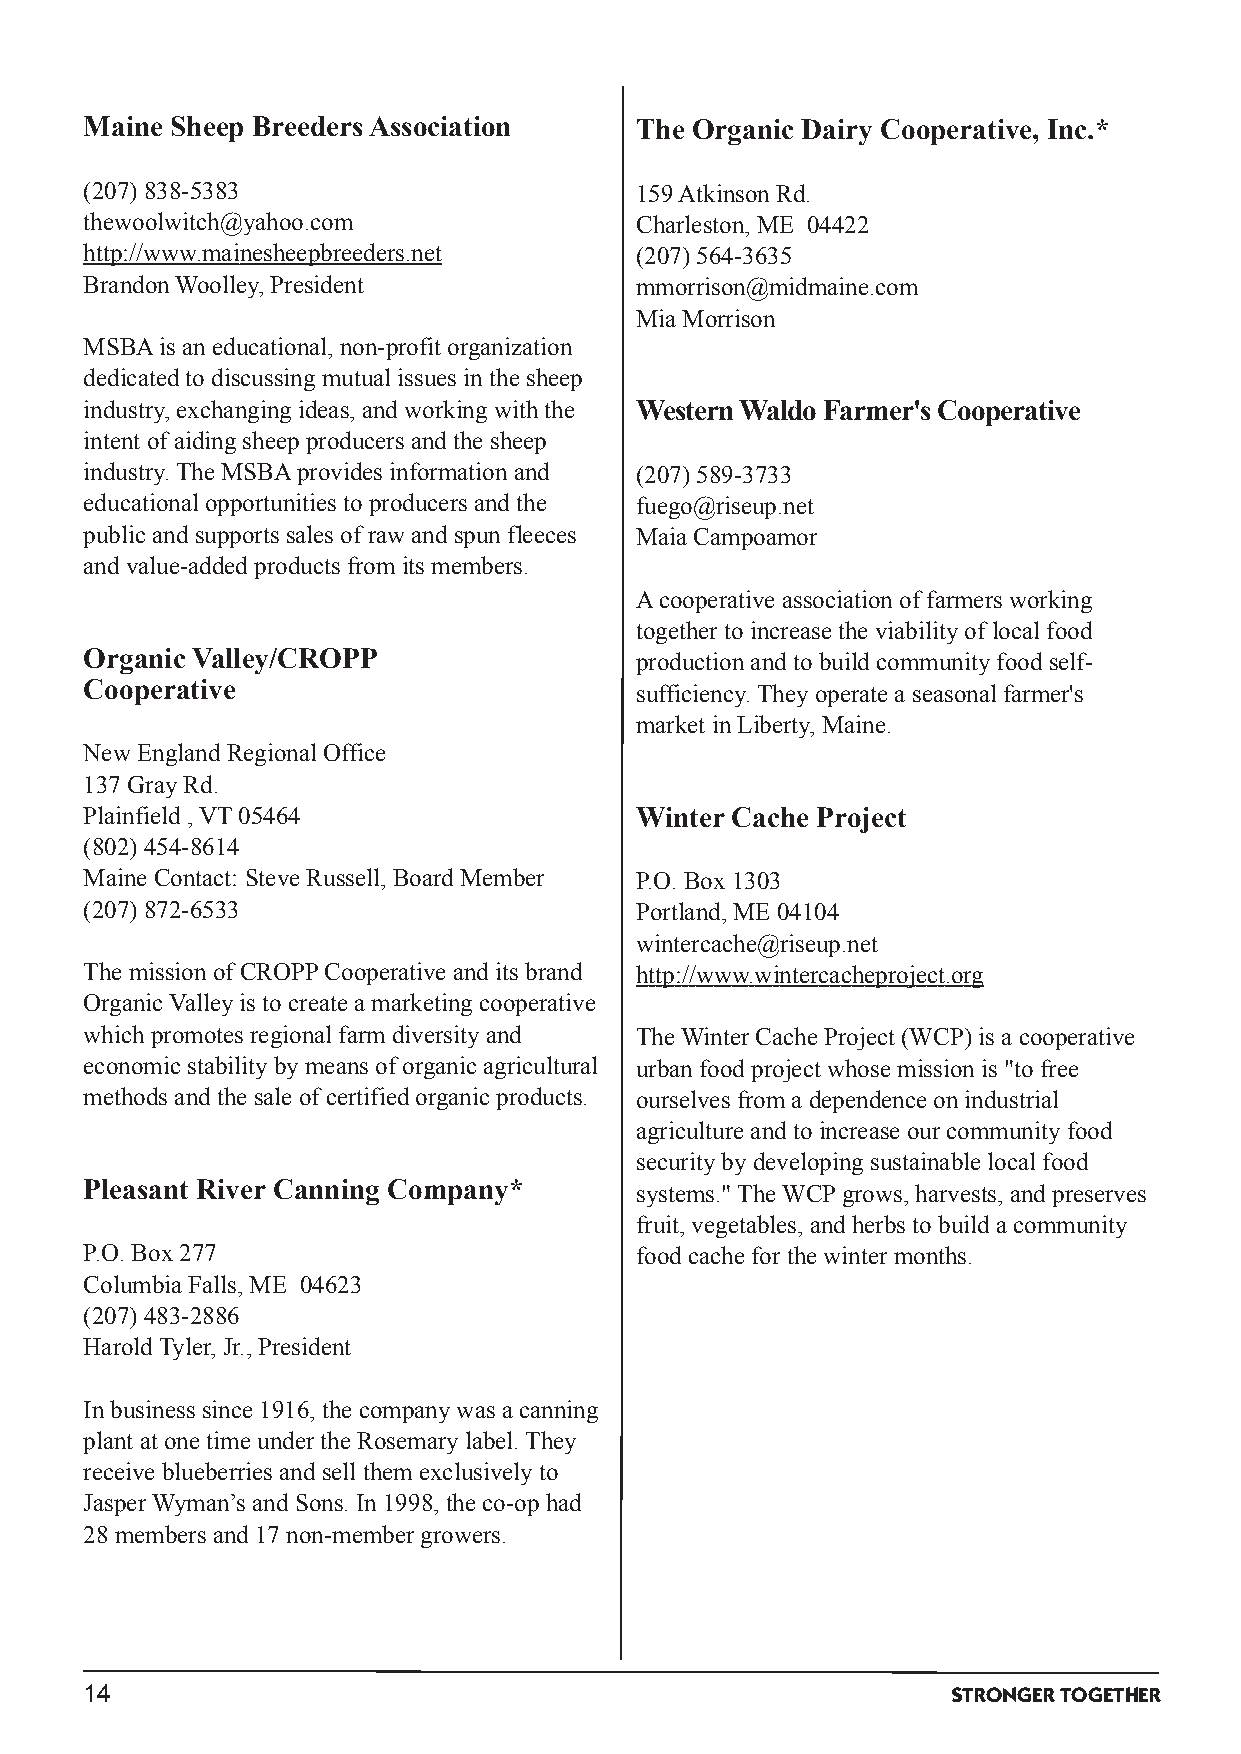
Maine Sheep BreedersAssociation     The Organic Dairy Cooperative, Inc.*
 (207) 838­5383                      159Atkinson Rd.
 thewoolwitch@yahoo.com              Charleston,ME 04422
 http://www.mainesheepbreeders.net   (207) 564­3635
 BrandonWoolley,President            mmorrison@midmaine.com
 Mia Morrison
 MSBAis aneducational,non­profit organization
 dedicatedtodiscussingmutual issues inthe sheep
 industry,exchangingideas,andworkingwiththe WesternWaldoFarmer'sCooperative
 intent of aidingsheepproducers andthe sheep
 industry.The MSBAprovides informationand (207) 589­3733
 educational opportunities toproducers andthe fuego@riseup.net
 public andsupports sales of raw andspunfleeces Maia Campoamor
 and value­addedproducts from its members.
 Acooperative associationof farmers working
 together toincrease the viabilityof local food
 Organic Valley/CROPP                productionandtobuildcommunityfoodself­
 Cooperative                         sufficiency.Theyoperate a seasonal farmer's
 market inLiberty,Maine.
 New EnglandRegional Office
 137GrayRd.
 Plainfield,VT05464                  Winter Cache Project
 (802) 454­8614
 Maine Contact: Steve Russell,BoardMember P.O.Box1303
 (207) 872­6533                      Portland,ME 04104
 wintercache@riseup.net
 The missionof CROPPCooperative andits brand http://www.wintercacheproject.org
 OrganicValleyis tocreate a marketingcooperative
 whichpromotes regional farm diversityand TheWinter Cache Project (WCP) is a cooperative
 economic stabilitybymeans of organic agricultural urbanfoodproject whose missionis "tofree
 methods andthe sale of certifiedorganic products. ourselves from a dependence onindustrial
 agriculture andtoincrease our communityfood
 securitybydevelopingsustainable local food
 Pleasant River Canning Company*     systems."TheWCPgrows,harvests,andpreserves
 fruit,vegetables,andherbs tobuilda community
 P.O.Box277                          foodcache for the winter months.
 Columbia Falls,ME 04623
 (207) 483­2886
 HaroldTyler,Jr.,President
 Inbusiness since 1916,the companywas a canning
 plant at one time under the Rosemarylabel.They
 receive blueberries andsell them exclusivelyto
 JasperWyman’s andSons.In1998,the co­ophad
 28members and17non­member growers.
 14                                                       STRONGERTOGETHER